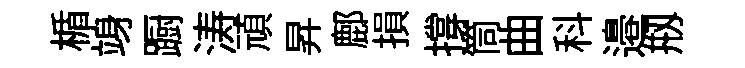
楯竧蹰涛頑昇鄜損撐筒曲科邉剏